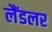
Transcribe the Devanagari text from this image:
लैंडलर